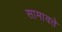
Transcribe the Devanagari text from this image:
सामावते